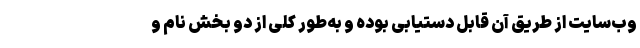
وب‌سایت از طریق آن قابل دستیابی بوده و به‌طور کلی از دو بخش نام و